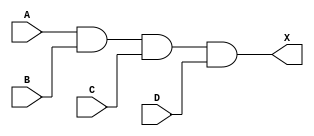
module sky130_fd_sc_lp__and4 (
    X,
    A,
    B,
    C,
    D
);

    // Module ports
    output X;
    input  A;
    input  B;
    input  C;
    input  D;

    // Module supplies
    supply1 VPWR;
    supply0 VGND;
    supply1 VPB ;
    supply0 VNB ;

    // Local signals
    wire and0_out_X;

    //  Name  Output      Other arguments
    and and0 (and0_out_X, A, B, C, D     );
    buf buf0 (X         , and0_out_X     );

endmodule